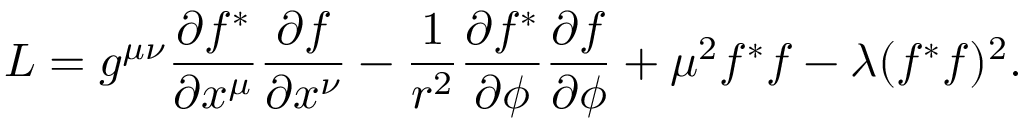
{ \cal L } = g ^ { \mu \nu } \frac { \partial f ^ { * } } { \partial x ^ { \mu } } \frac { \partial f } { \partial x ^ { \nu } } - \frac { 1 } { r ^ { 2 } } \frac { \partial f ^ { * } } { \partial \phi } \frac { \partial f } { \partial \phi } + \mu ^ { 2 } f ^ { * } f - \lambda ( f ^ { * } f ) ^ { 2 } .